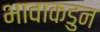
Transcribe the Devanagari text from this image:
भावाकडुन